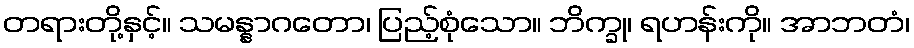
တရားတို့နှင့်။ သမန္နာဂတော၊ ပြည့်စုံသော။ ဘိက္ခု၊ ရဟန်းကို။ အာဘတံ၊